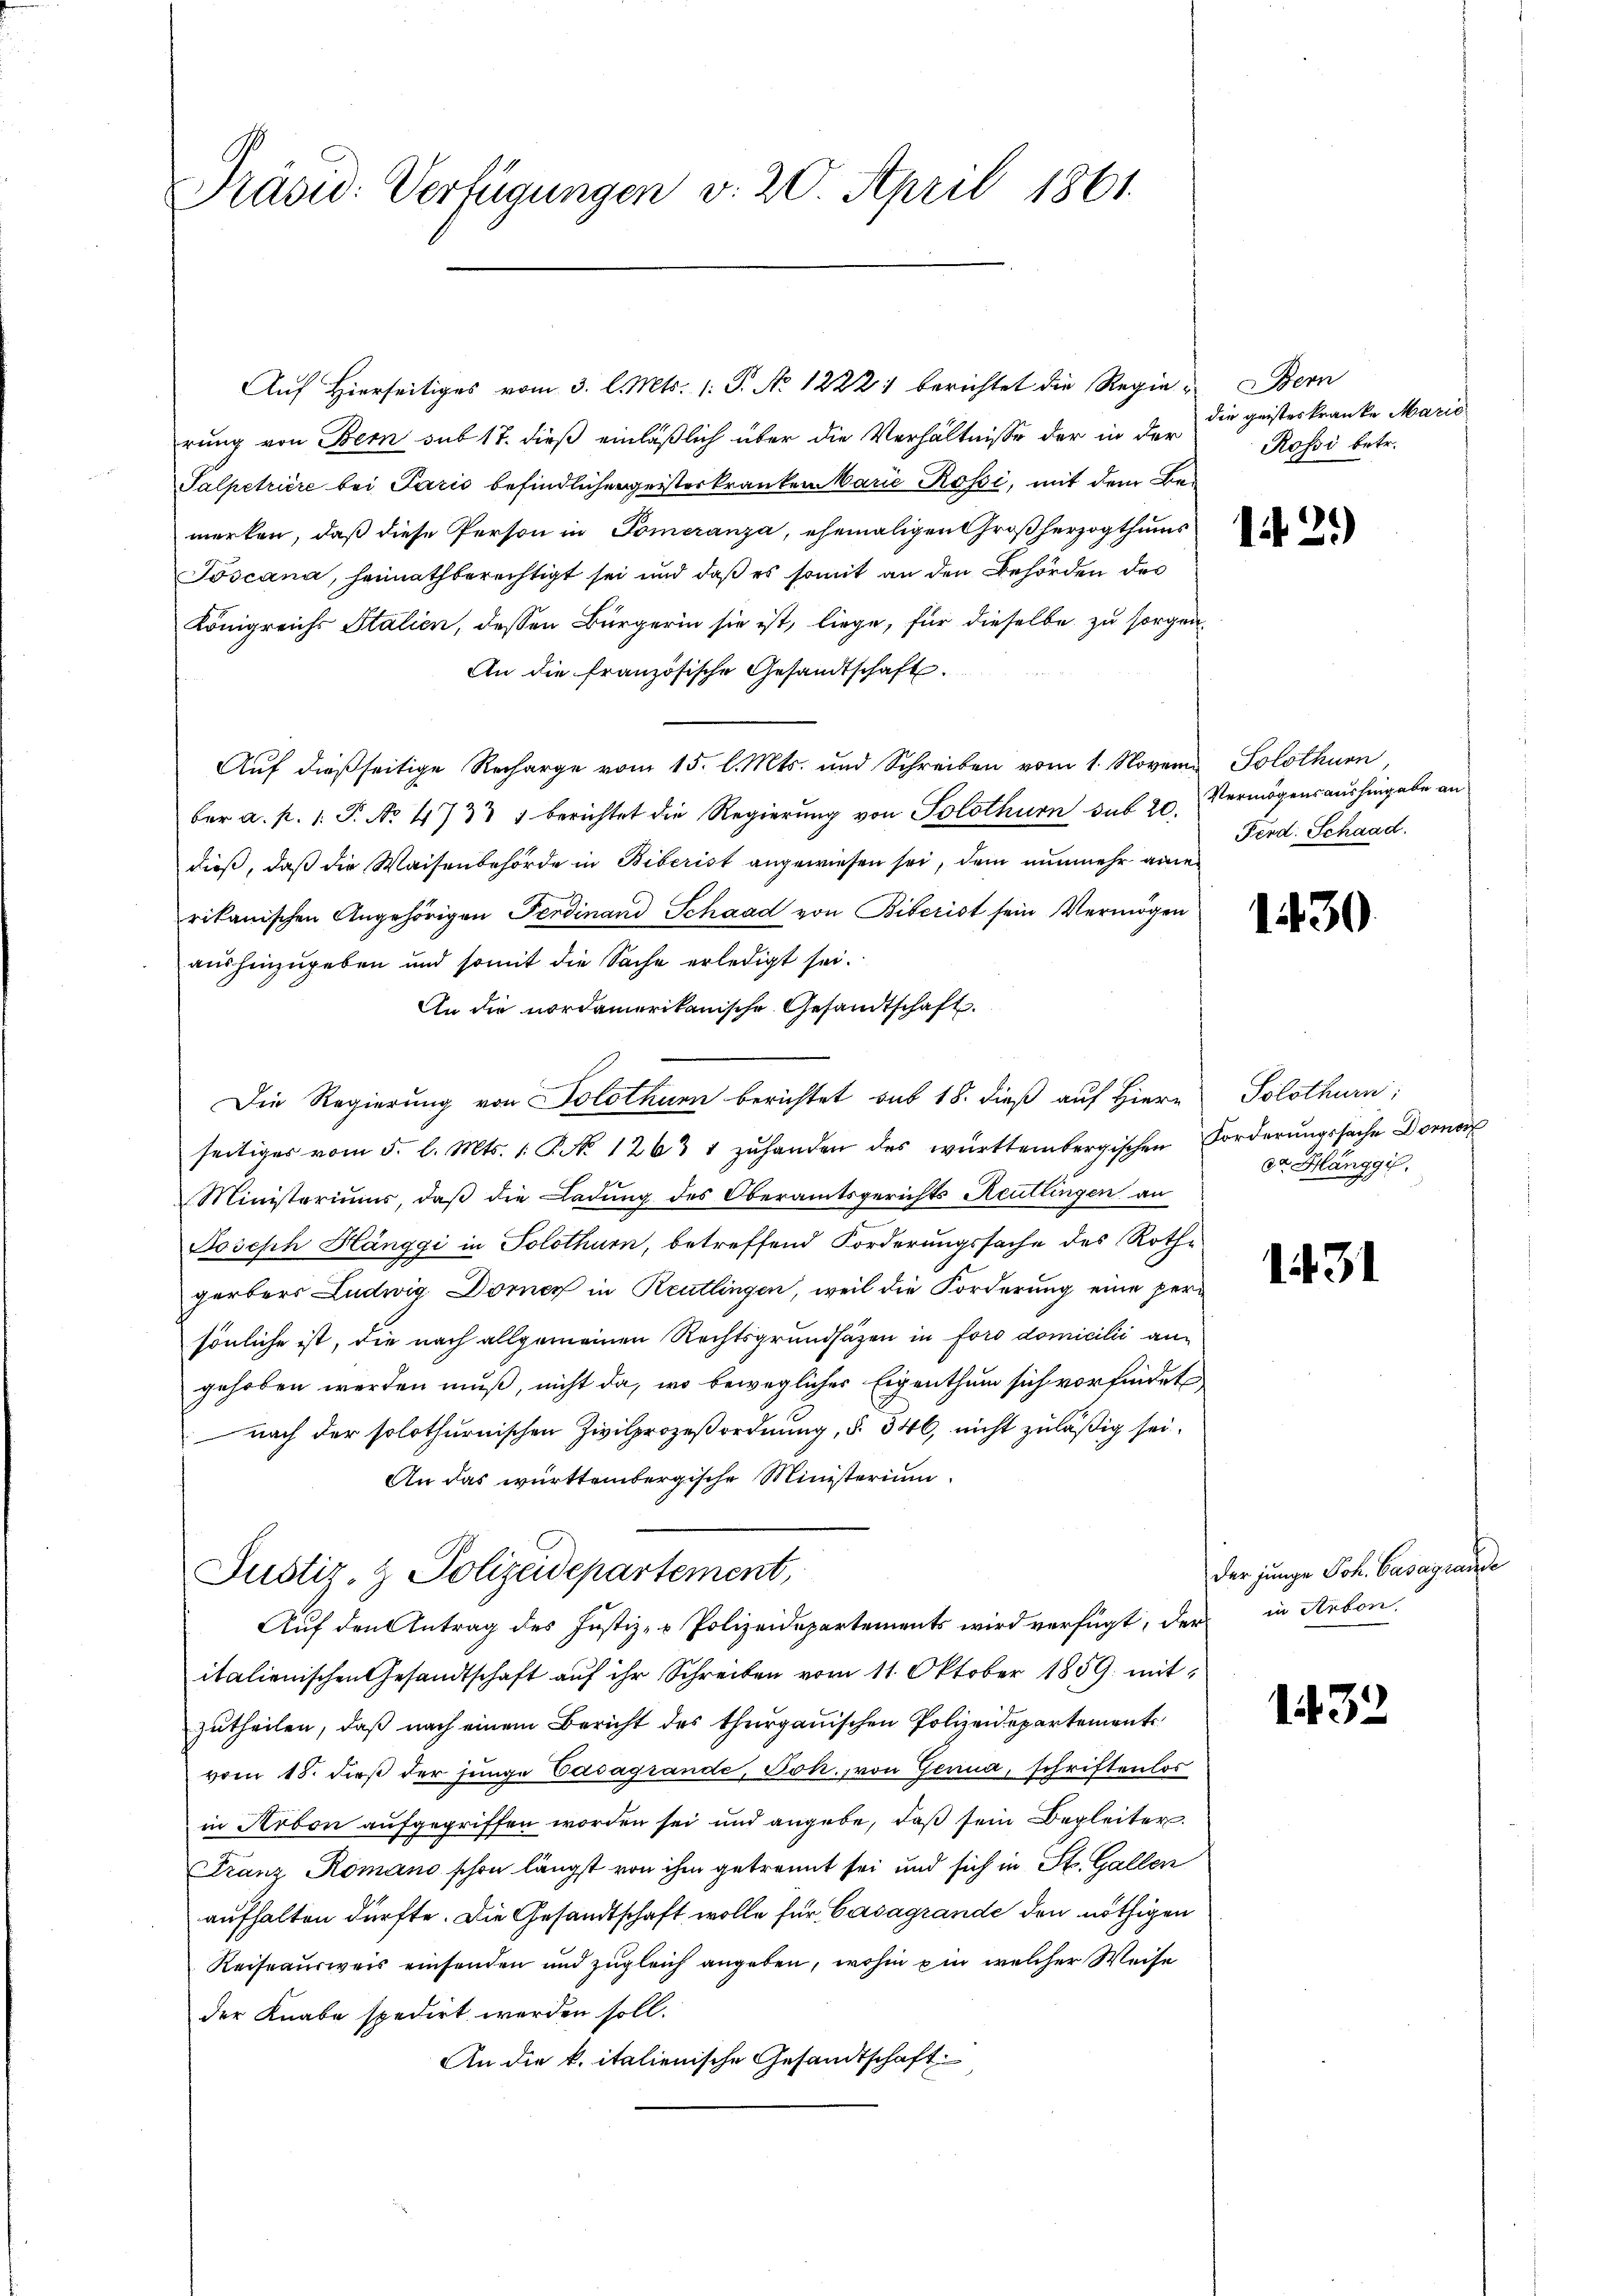
Prasid: Verfügungen v. 20. April 1861.

Auf Hierseitiges vom 3. l. Mts. 1. P. No 1222: berichtet die Regie-
rung von Bern sub 17. dieß einläßlich über die Verhältnisse der in der
Salpetriere bei Paris befindlicher geisterkranken Marie Rossi, mit dem Bemerken, daß diese Person in Pomeranza, ehemaligen Großherzogthums
Joscana, heimathberechtigt sei und daß es somit an den Behörden des
Königreichs Stalien, dessen Bürgerin sie ist, liege, für dieselbe zu sorgen.
An die französische Gesandtschaft.
Auf dießseitige Recharge vom 15. l. Mts. und Schreiben vom 1. Novem Solothurn,
ber a. p. 1. P. No 4733 1 berichtet die Regierung von Solothurn sub 20.
dieß, daß die Waisenbehörde in Biberist angewiesen sei, dem nunmehr ane
rikanischen Angehörigen Ferdinand Schaad von Biberist sein Vermögen
aushinzugeben und somit die Sache erledigt sei.
An die nordamerikanische Gesandtschaft.
Die Regierung von Solothurn berichtet sub 18. dieß auf Hiern
seitiges vom 5. l. Mts. 1. No 12631 zŭhanden des württembergischen Forderŭngssache Doro
Ministeriums, daß die Ladung des Oberamtsgerichts Reutlingen an
Joseph Hänggi in Solothurn, betreffend Forderungssache des Rothe
gerbers Ludwig Dorner in Reutlingen, weil die Forderung eine peri
sönliche ist, die nach allgemeinen Rechtsgrundsazen in foro domicilii angehoben werden muß, nicht da, wo beweglicher Eigenthum sich vorfindete
nach der solothurnischen Zivilprozeßordnung, §. 346, nicht zuläßig sei.
An das württembergische Ministerium
Justiz- & Polizeidepartement,
Auf den Antrag des Justiz- & Polizeidepartements wird verfügt, der in Arbon,
italienischen Gesandtschaft auf ihr Schreiben vom 11. Oktober 1889. mit
zutheilen, daß nach einem Bericht des thurgauischen Polizeidepartement
vom 18. dieß der junge Casagrande, Joh. von Genua, schriftenlos
in Arbon aufgegriffen worden sei und angebe, daß sein Begleiter.
Franz Romano schon längst von ihm getrennt sei und sich in St. Gallen
aufhalten dürfte. Die Gesandtschaft wolle für Casagrande den nöthigen
Reiseausweis einsenden und zugleich angeben, wohin ein welcher Weise
der Knabe spedirt werden soll.
An die k. italienische Gesandtschaft

Bern
die geisteskranke Marie
Rossi betr.

121)

Vermögensaushingabe an
Ferd. Schaad.

130

Solothurn:
der Glänggi.

1431

der junge Joh. Basagrande

1432